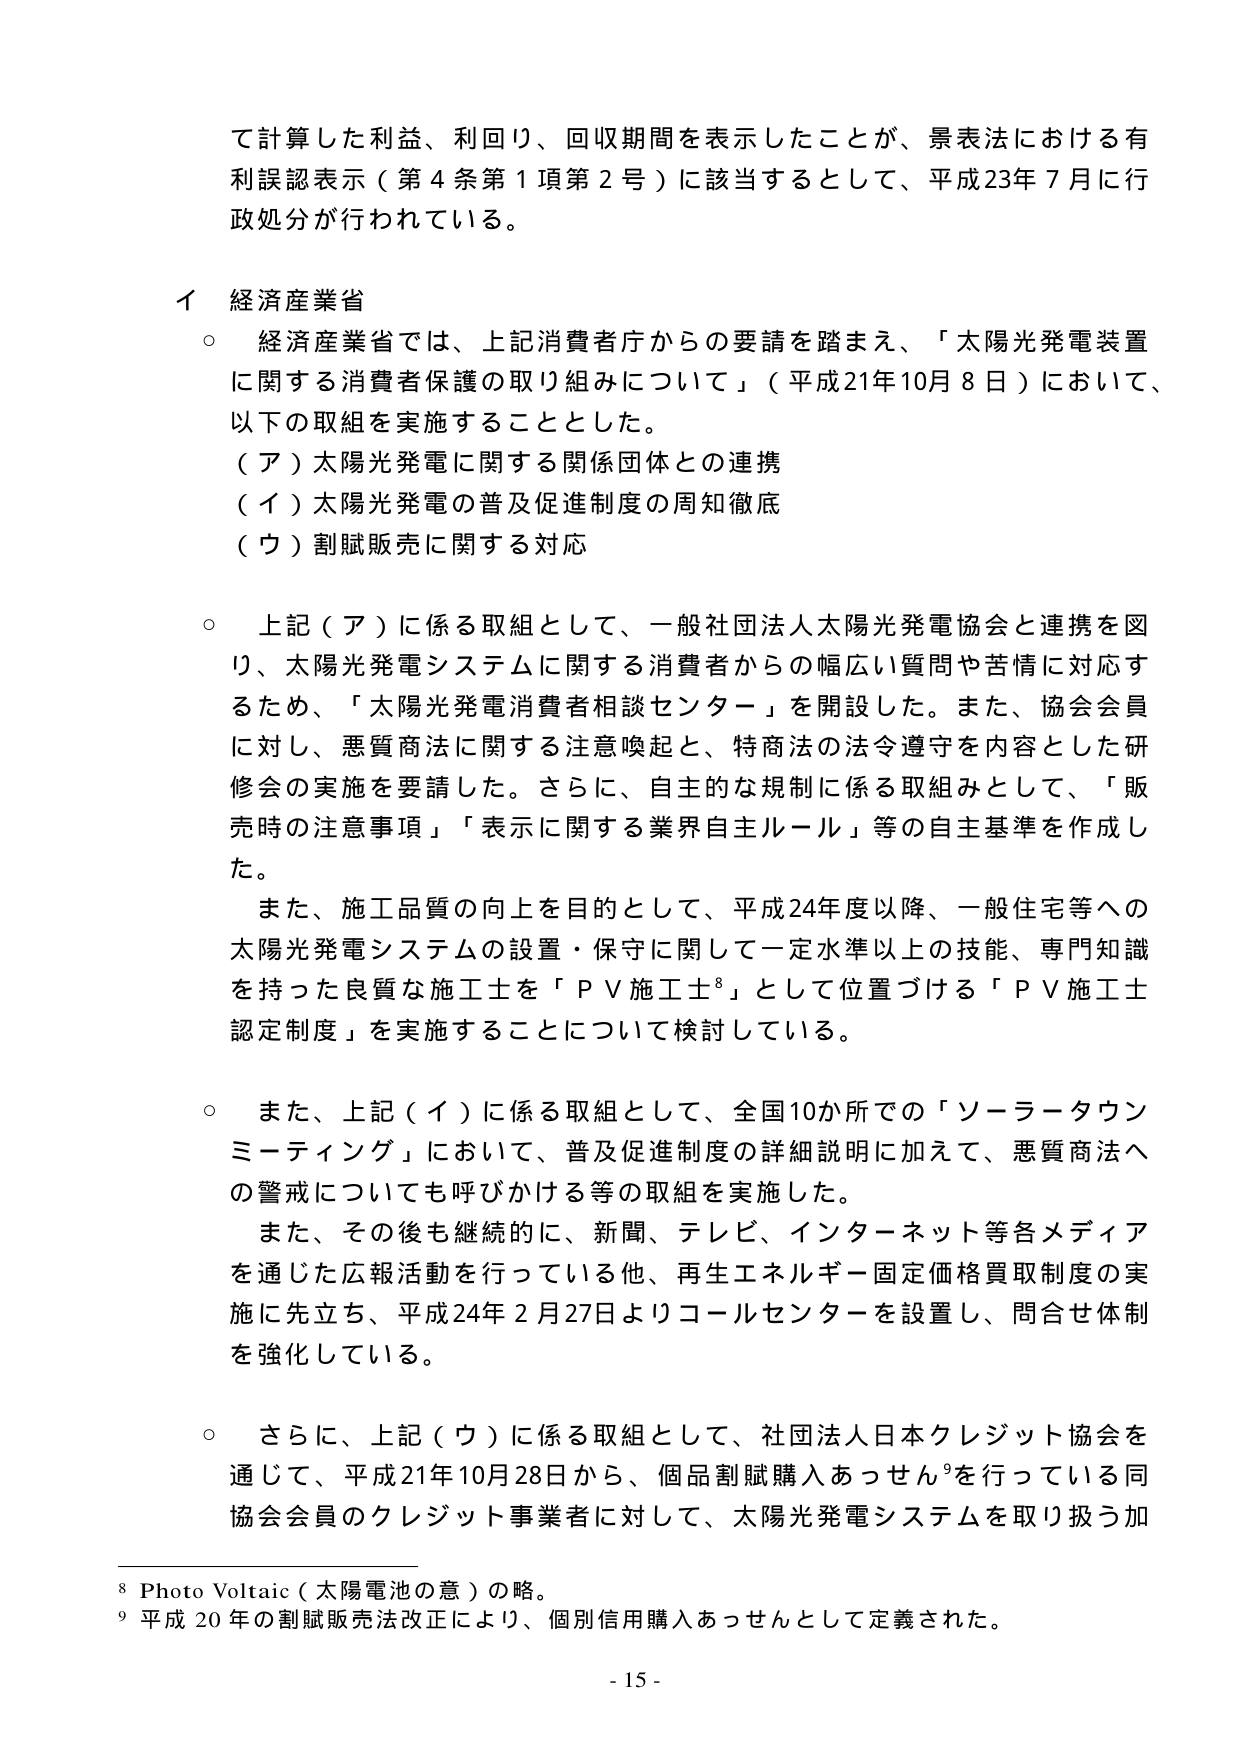
て計算した利益、利回り、回収期間を表示したことが、景表法における有利誤認表示（第4条第1項第2号）に該当するとして、平成23年7月に行政処分が行われている。

イ 経済産業省
○ 経済産業省では、上記消費者庁からの要請を踏まえ、「太陽光発電装置に関する消費者保護の取り組みについて」（平成21年10月8日）において、以下の取組を実施することとした。
（ア）太陽光発電に関する関係団体との連携
（イ）太陽光発電の普及促進制度の周知徹底
（ウ）割賦販売に関する対応

○ 上記（ア）に係る取組として、一般社団法人太陽光発電協会と連携を図り、太陽光発電システムに関する消費者からの幅広い質問や苦情に対応するため、「太陽光発電消費者相談センター」を開設した。また、協会会員に対し、悪質商法に関する注意喚起と、特商法の法令遵守を内容とした研修会の実施を要請した。さらに、自主的な規制に係る取組みとして、「販売時の注意事項」「表示に関する業界自主ルール」等の自主基準を作成した。
また、施工品質の向上を目的として、平成24年度以降、一般住宅等への太陽光発電システムの設置・保守に関して一定水準以上の技能、専門知識を持った良質な施工士を「ＰＶ施工士⁸」として位置づける「ＰＶ施工士認定制度」を実施することについて検討している。

○ また、上記（イ）に係る取組として、全国10か所での「ソーラータウンミーティング」において、普及促進制度の詳細説明に加えて、悪質商法への警戒についても呼びかける等の取組を実施した。
また、その後も継続的に、新聞、テレビ、インターネット等各メディアを通じた広報活動を行っている他、再生エネルギー固定価格買取制度の実施に先立ち、平成24年2月27日よりコールセンターを設置し、問合せ体制を強化している。

○ さらに、上記（ウ）に係る取組として、社団法人日本クレジット協会を通じて、平成21年10月28日から、個品割賦購入あっせん⁹を行っている同協会会員のクレジット事業者に対して、太陽光発電システムを取り扱う加

⁸ Photo Voltaic（太陽電池の意）の略。
⁹ 平成20年の割賦販売法改正により、個別信用購入あっせんとして定義された。

- 15 -